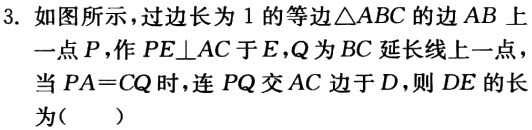
3. 如图所示，过边长为 1 的等边\(\triangle ABC\)的边 \(AB\) 上一点 \(P\)，作 \(PE\perp AC\) 于 \(E\)，\(Q\) 为 \(BC\) 延长线上一点，当 \(PA = CQ\) 时，连 \(PQ\) 交 \(AC\) 边于 \(D\)，则 \(DE\) 的长为（  ）